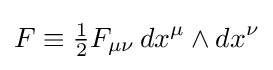
F\equiv {\tfrac {1}{2}}F_{\mu \nu }\,dx^{\mu }\wedge dx^{\nu }